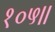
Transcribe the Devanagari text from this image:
१०५।।